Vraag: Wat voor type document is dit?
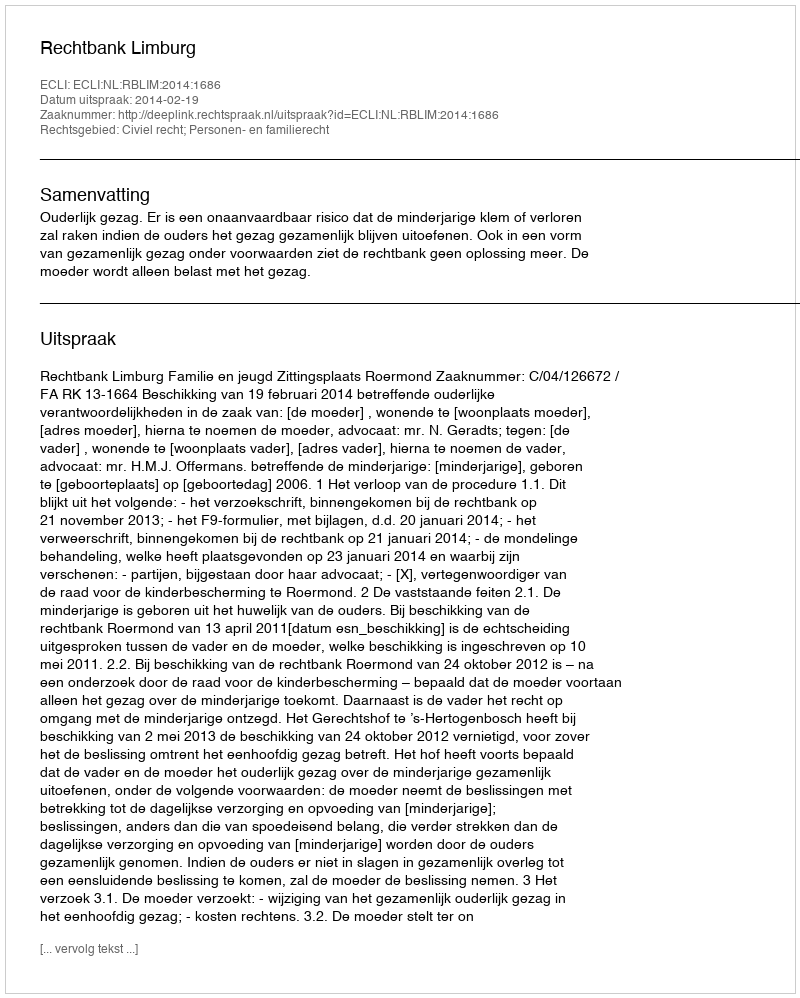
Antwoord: Uitspraak